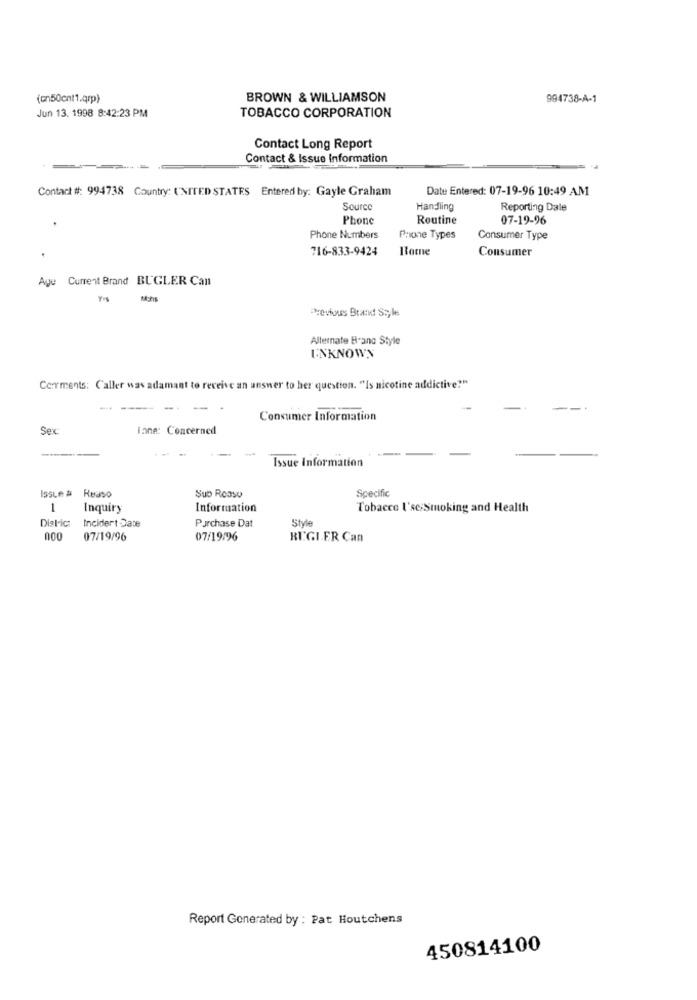
(cn50cnt1.qrp)
BROWN & WILLIAMSON
994738-A-1
Jun 13. 1998 8:42:23 PM
TOBACCO CORPORATION
Contact Long Report
Contact & Issue Information
Contact #: 994738 Country: UNITED STATES Entered by: Gayle Graham
Date Entered: 07-19-96 10:49 AM
Source
Handling
Reporting Dale
Phone
Routine
07-19-96
Phone Numbers
Phone Types
Consumer Type
716-833-9424
Consumer
Aye Current Brand BUGLER Can
Previous Brand Ss,le
Alternate B-and Style
UNKNOWN
Cerments: Caller was adamant to receive an answer to her question. "Is nicotine addictive?"
- --
-
-
Consumer Information
Sex
iane: Concerned
--
Issue Information
Specific
Issue # Reaso
Sub Rease
1
Inquiry
Information
Tobacco l'se;Smoking and Health
District
Incident Date
Purchase Dat
Style
000
07/19/96
07/19/96
BIGIER Can
Report Generated by : Pat Houtchens
450814100